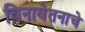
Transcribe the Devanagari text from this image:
विनावेतनाचे